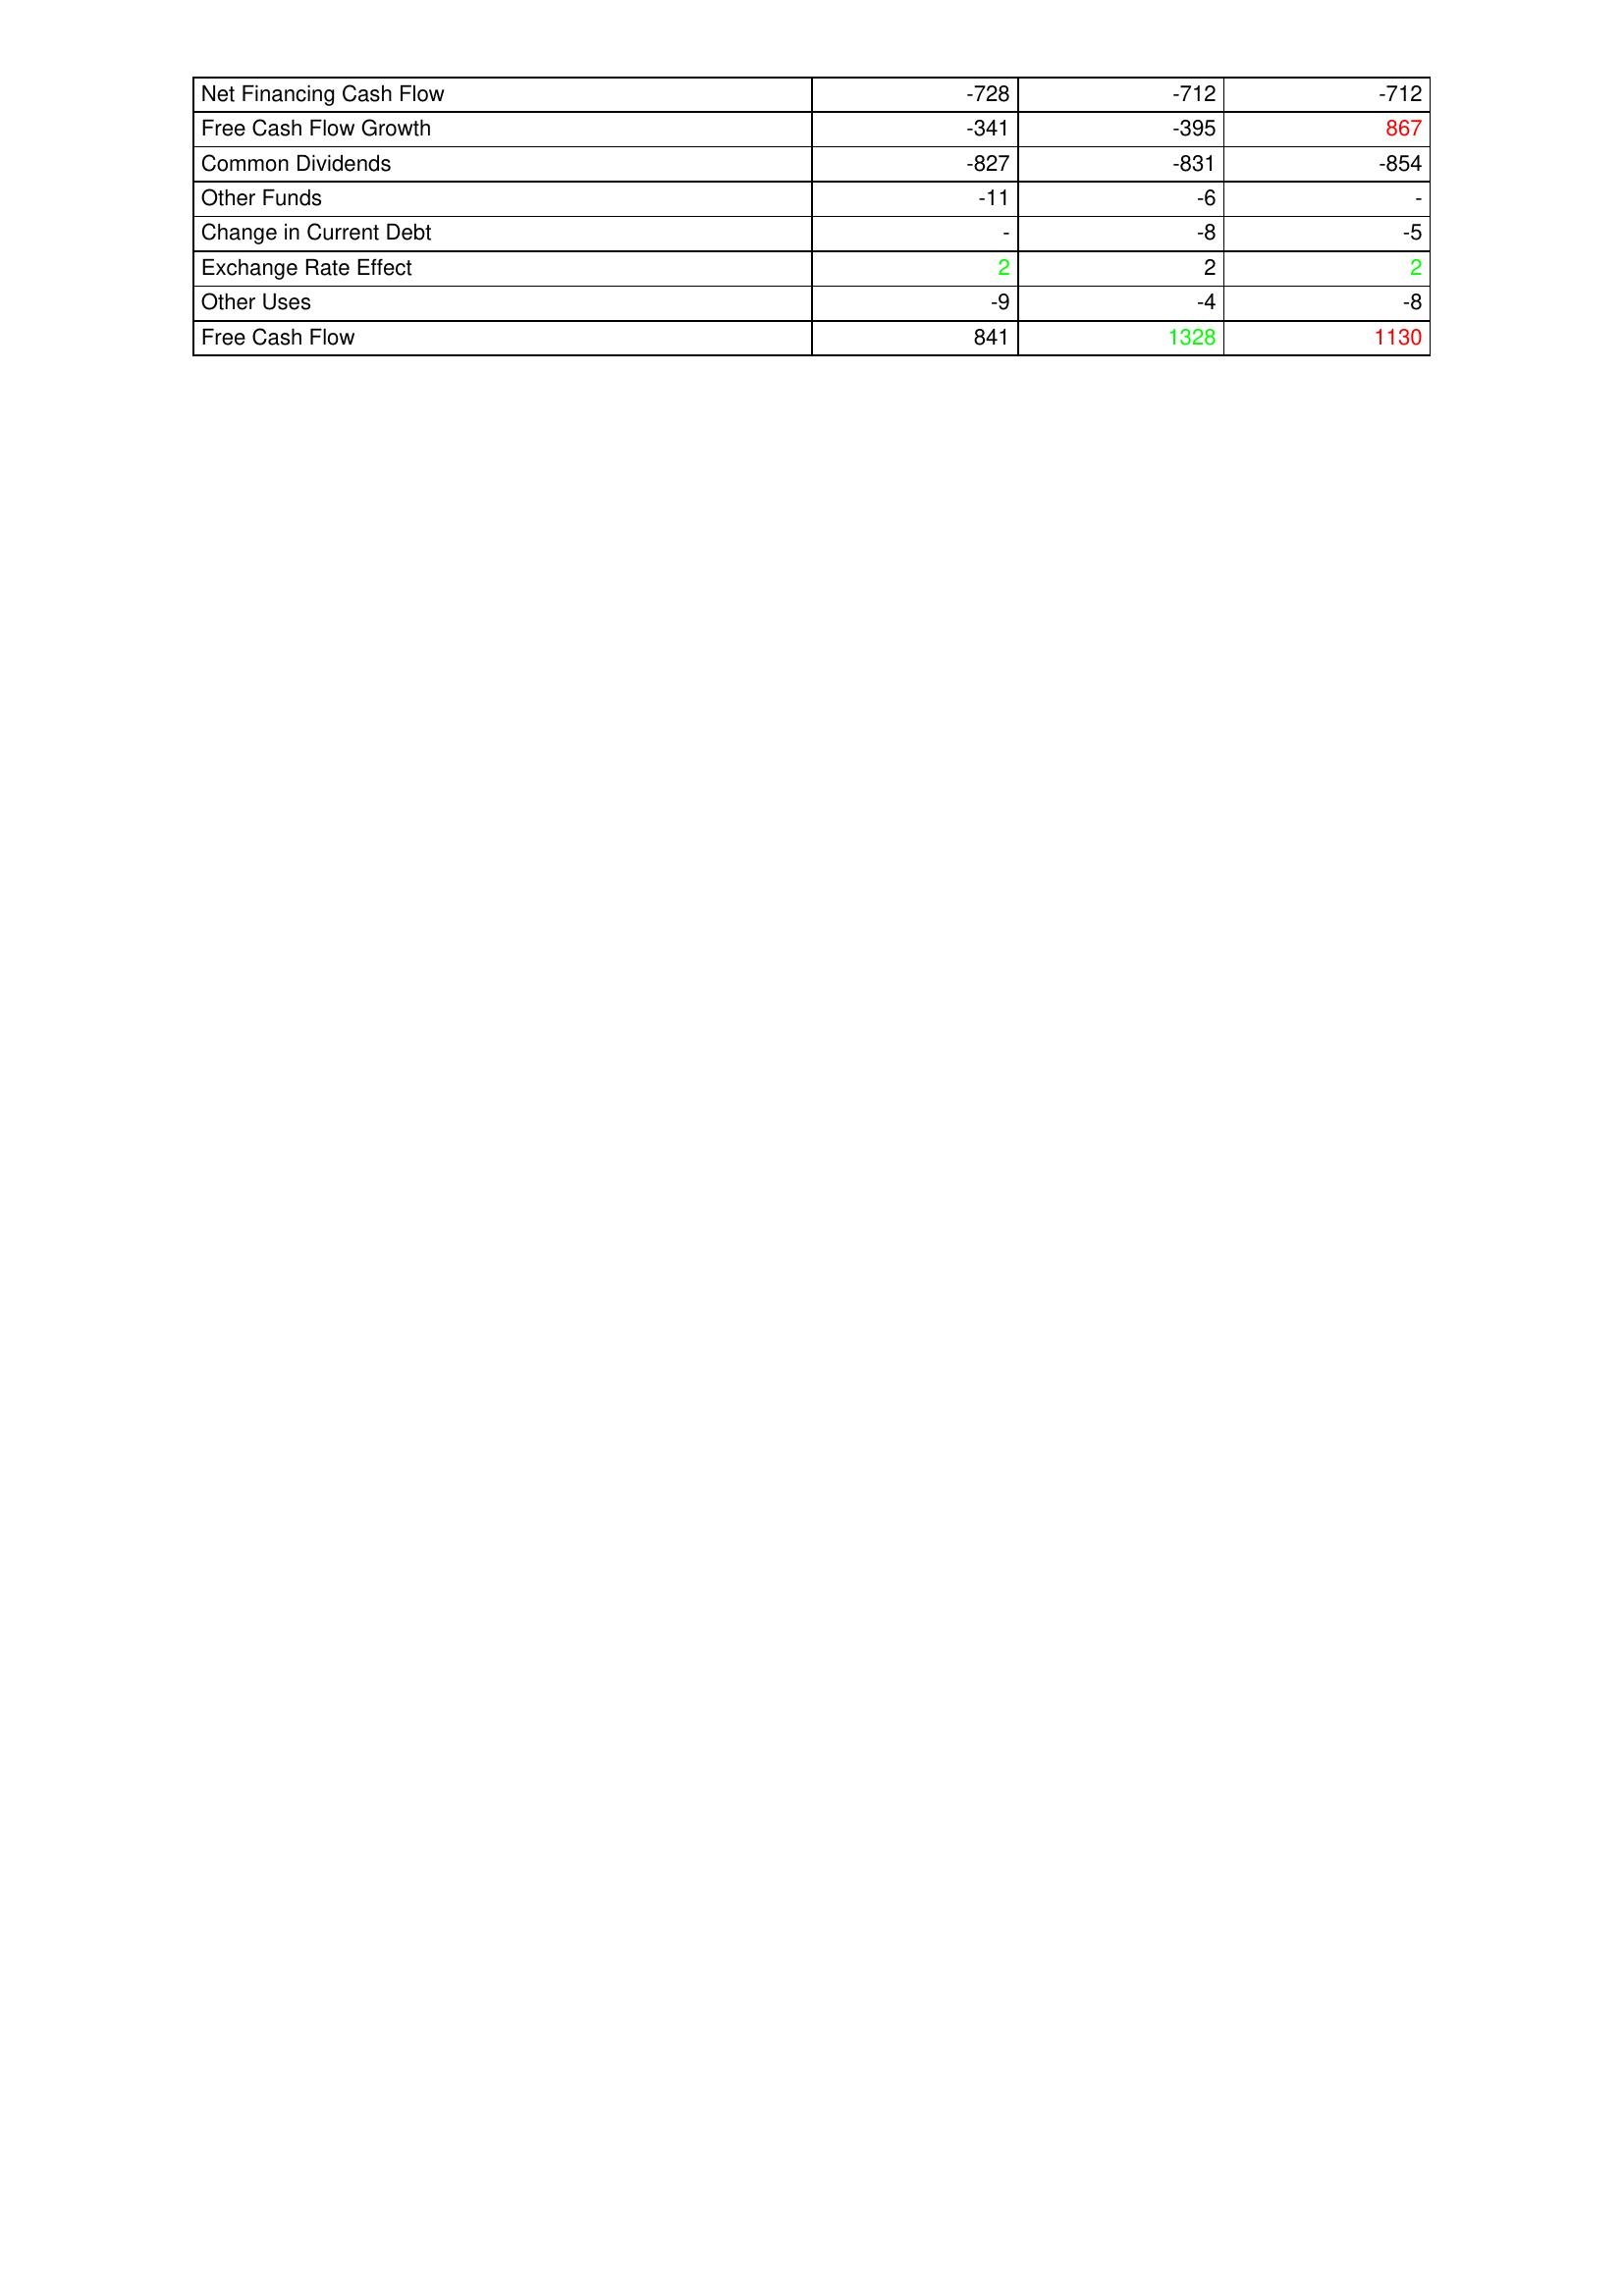
gt_parse: 2019: Financing Activities: Net Financing Cash Flow: -728
Free Cash Flow Growth: -341
Common Dividends: -827
Other Funds: -11
Change in Current Debt: -
Exchange Rate Effect: 2
Other Uses: -9
Free Cash Flow: 841
2020: Financing Activities: Net Financing Cash Flow: -712
Free Cash Flow Growth: -395
Common Dividends: -831
Other Funds: -6
Change in Current Debt: -8
Exchange Rate Effect: 2
Other Uses: -4
Free Cash Flow: 1328
2021: Financing Activities: Net Financing Cash Flow: -712
Free Cash Flow Growth: 867
Common Dividends: -854
Other Funds: -
Change in Current Debt: -5
Exchange Rate Effect: 2
Other Uses: -8
Free Cash Flow: 1130